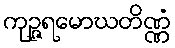
ကုဉ္ဇရမောဃတိဏ္ဏံ